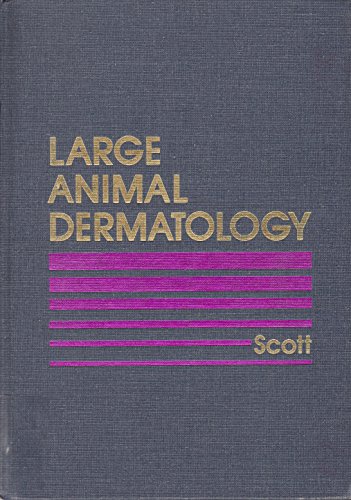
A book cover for Large Animal Dermatology; Danny W. Scott; Medical Books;